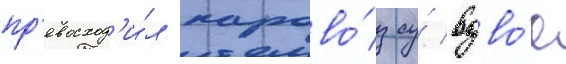
пр'евосход'и́л парово́з су́ вдво́е